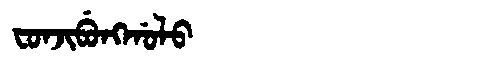
Manchu: ᠸᠣᠨᠵᡳᠪᡠᠩᡤᠣᠯᠣ
Romanization: FONJIBUNGGOLO